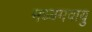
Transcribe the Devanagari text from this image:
मध्यमवायु